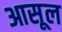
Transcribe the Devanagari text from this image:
आसूल